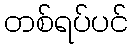
တစ်ရပ်ပင်